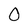
Character: 0